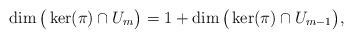
LaTeX: \begin{align*} \dim \big(\ker(\pi )\cap U_m\big)=1+\dim \big( \ker(\pi)\cap U_{m-1}\big),\end{align*}